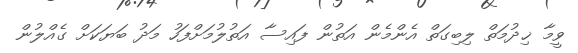
ވީމާ ޚިދުމަތް ލިބިގަތް އެންމެން އަތުން ފައިސާ އަތުލުމަށްފަހު މަދު ބަޔަކަށް ގެއްލުން